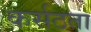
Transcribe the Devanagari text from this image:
कर्सठता